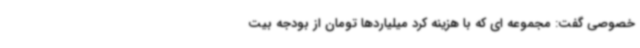
خصوصی گفت: مجموعه ای که با هزینه کرد میلیاردها تومان از بودجه بیت